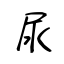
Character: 尿